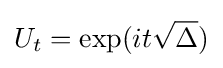
U_{t}=\exp(it{\sqrt {\Delta }})